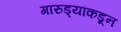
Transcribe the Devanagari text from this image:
गारुड्यांकडून